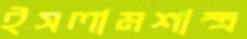
ইসলামশাস্ত্র